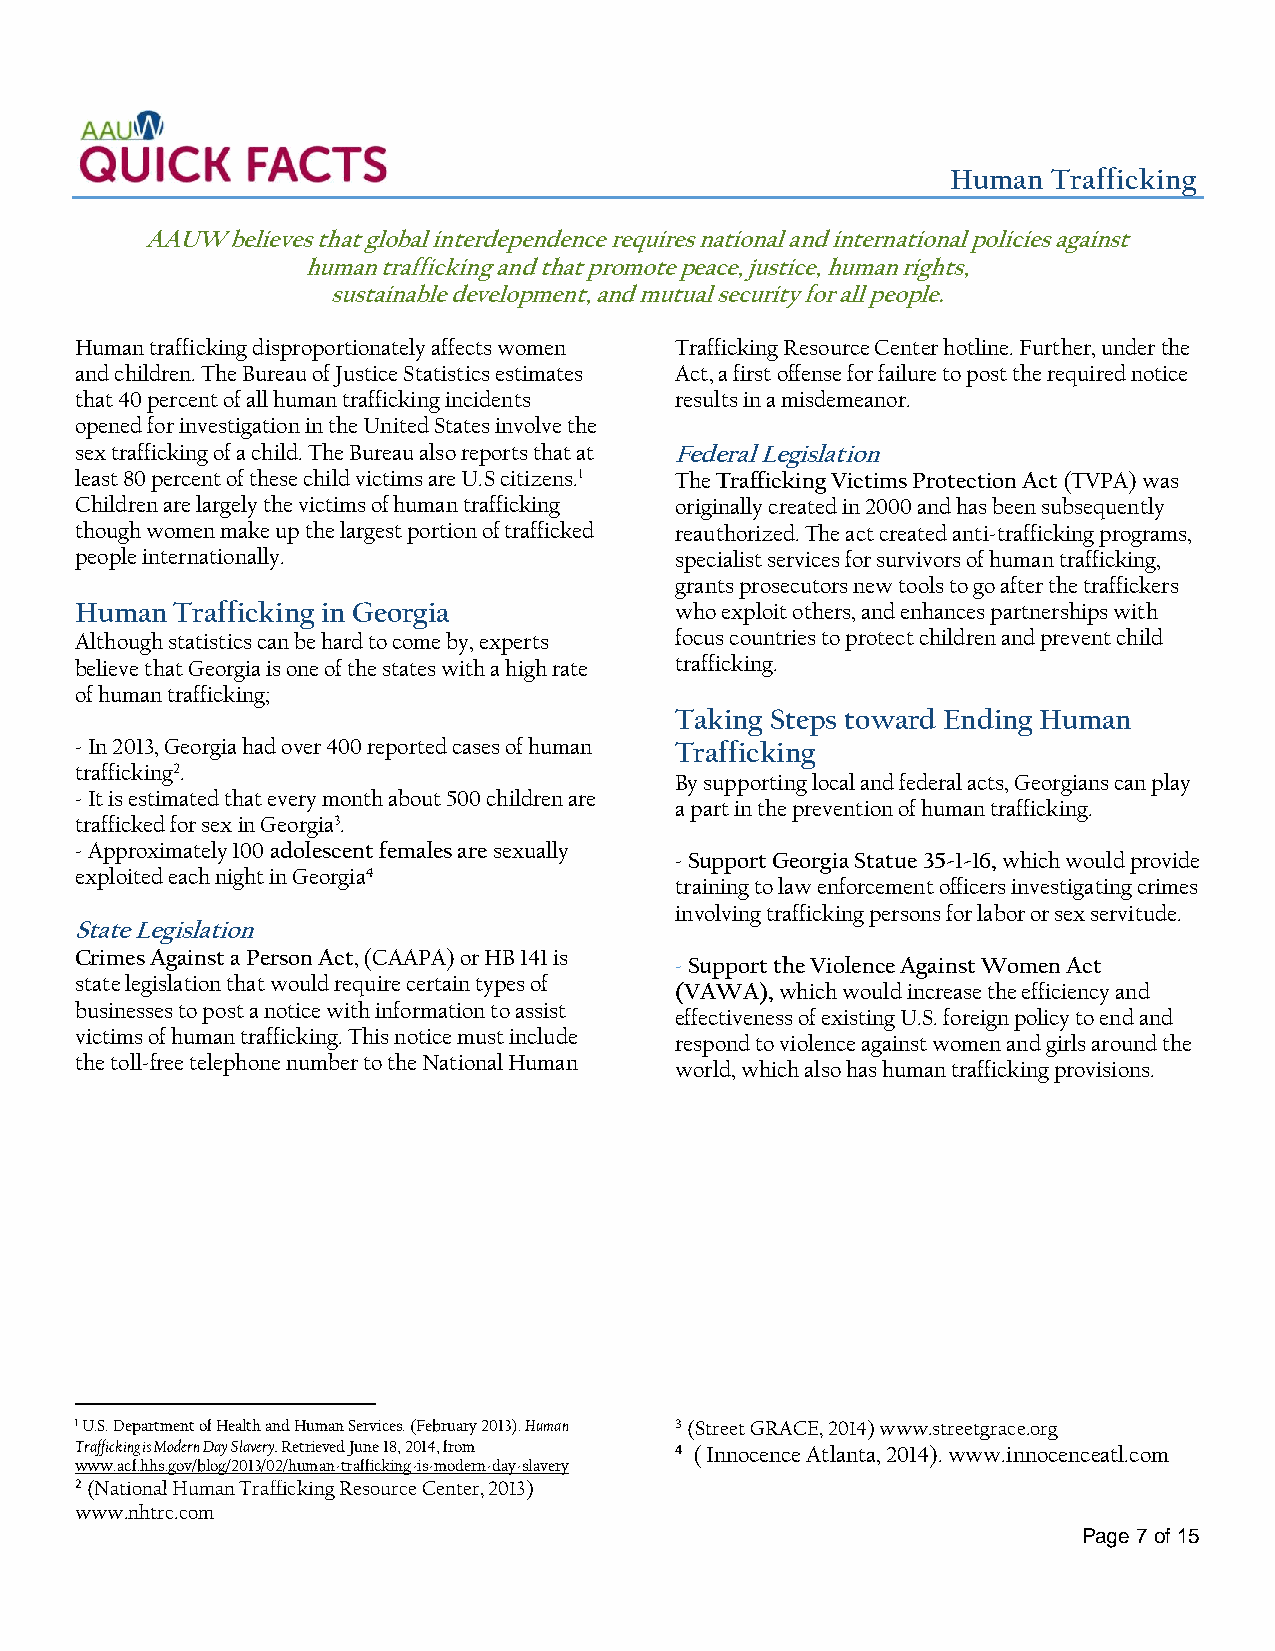
Human  Trafficking
 AAUW believes that global interdependence requires national and international policies against
 human trafficking and that promote peace, justice, human rights,
 sustainable development, and mutual security for all people.
 Human trafficking disproportionately affects women Trafficking Resource Center hotline. Further, under the
 and children. The Bureau of Justice Statistics estimates Act, a first offense for failure to post the required notice
 that 40 percent of all human trafficking incidents results in a misdemeanor.
 opened for investigation in the United States involve the
 sex trafficking of a child. The Bureau also reports that at Federal Legislation
 least 80 percent of these child victims are U.S citizens.1 The Trafficking Victims Protection Act (TVPA) was
 Children are largely the victims of human trafficking originally created in 2000 and has been subsequently
 though women make up the largest portion of trafficked reauthorized. The act created anti-trafficking programs,
 people internationally.                 specialist services for survivors of human trafficking,
 grants prosecutors new tools to go after the traffickers
 Human  Trafficking in Georgia           who exploit others, and enhances partnerships with
 Although statistics can be hard to come by, experts focus countries to protect children and prevent child
 believe that Georgia is one of the states with a high rate trafficking.
 of human trafficking;
 Taking Steps toward Ending Human
 - In 2013, Georgia had over 400 reported cases of human Trafficking
 trafficking2.
 By supporting local and federal acts, Georgians can play
 - It is estimated that every month about 500 children are
 a part in the prevention of human trafficking.
 trafficked for sex in Georgia3.
 - Approximately 100 adolescent females are sexually
 - Support Georgia Statue 35-1-16, which would provide
 exploited each night in Georgia4
 training to law enforcement officers investigating crimes
 involving trafficking persons for labor or sex servitude.
 State Legislation
 Crimes Against a Person Act, (CAAPA) or HB 141 is
 - Support the Violence Against Women Act
 state legislation that would require certain types of
 (VAWA), which would increase the efficiency and
 businesses to post a notice with information to assist
 effectiveness of existing U.S. foreign policy to end and
 victims of human trafficking. This notice must include
 respond to violence against women and girls around the
 the toll-free telephone number to the National Human
 world, which also has human trafficking provisions.
 1 U.S. Department of Health and Human Services. (February 2013). Human 3 (Street GRACE, 2014) www.streetgrace.org
 Trafficking is Modern Day Slavery. Retrieved June 18, 2014, from 4 ( Innocence Atlanta, 2014). www.innocenceatl.com
 www.acf.hhs.gov/blog/2013/02/human-trafficking-is-modern-day-slavery
 2 (National Human Trafficking Resource Center, 2013)
 www.nhtrc.com
 Page 7 of 15